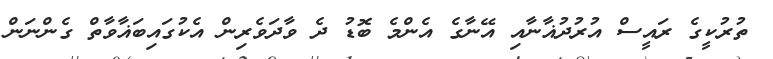
ތުރުކީގެ ރައީސް އުރުދުޣާނާއި އޭނާގެ އެންމެ ބޮޑު ދެ ވާދަވެރިން އެކުގައިބަޣާވާތް ގެންނަން